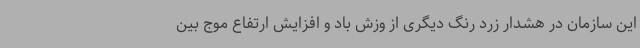
این سازمان در هشدار زرد رنگ دیگری از وزش باد و افزایش ارتفاع موج بین